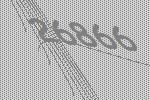
26866